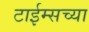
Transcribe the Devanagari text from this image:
टाईम्सच्या